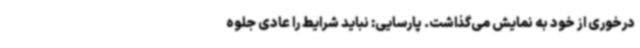
درخوری از خود به نمایش می‌گذاشت. پارسایی: نباید شرایط را عادی جلوه